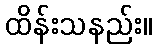
ထိန်းသနည်း။